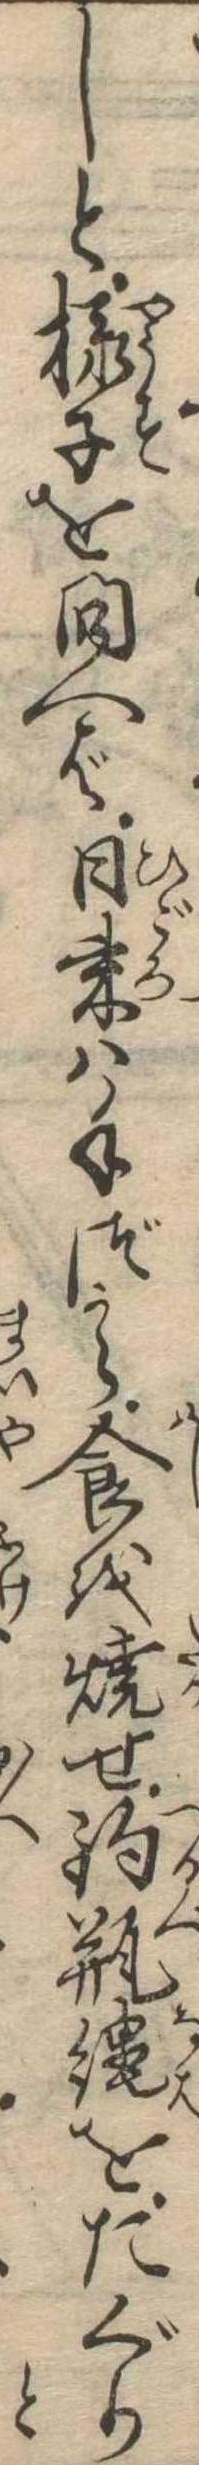
しと様子を問へば日来は手づから食を焼せ釣瓶縄をたぐり